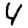
Digit: 4